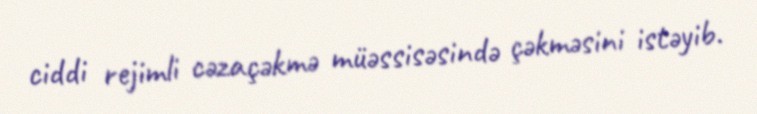
ciddi rejimli cəzaçəkmə müəssisəsində çəkməsini istəyib.